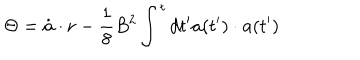
LaTeX: \Theta = \dot { \bf a } \cdot { \bf r } - { \frac { 1 } { 8 } } B ^ { 2 } \int ^ { t } d t ^ { \prime } { \bf a } ( t ^ { \prime } ) \cdot { \bf a } ( t ^ { \prime } )